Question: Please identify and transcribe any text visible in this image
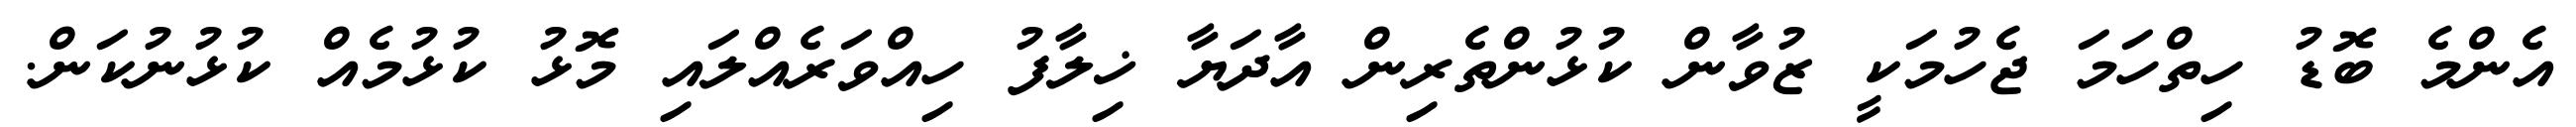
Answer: އެންމެ ބޮޑު ހިތްހަމަ ޖެހުމަކީ ޒުވާން ކުޅުންތެރިން އާދަޔާ ޚިލާފު ހިއްވަރެއްލައި މޮޅު ކުޅުމެއް ކުޅުނުކަން.